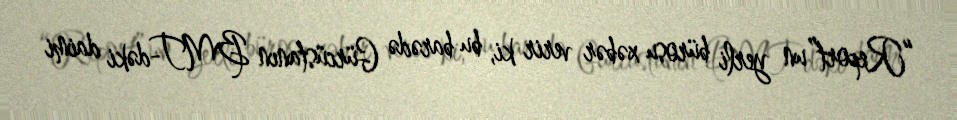
“Report”un yerli bürosu xəbər verir ki, bu barədə Gürcüstanın BMT-dəki daimi